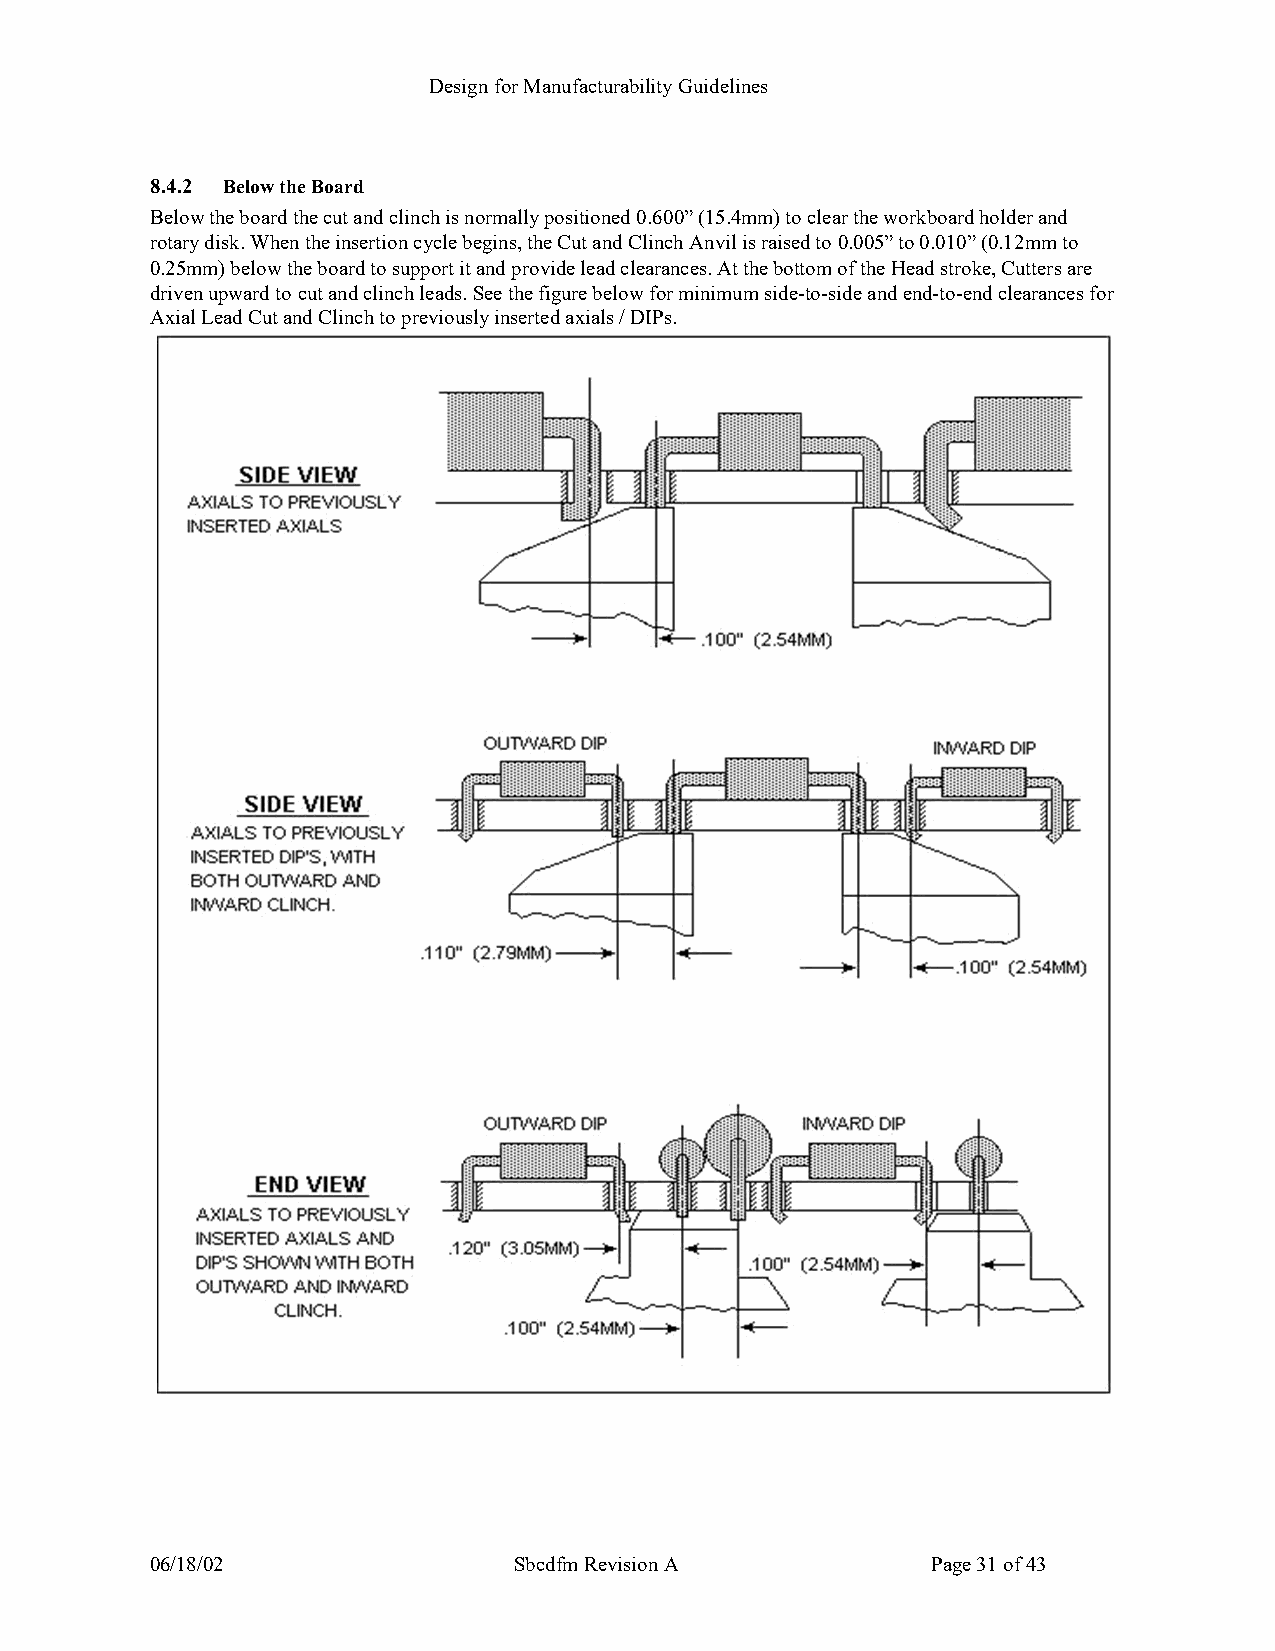
Design for Manufacturability Guidelines
 8.4.2 Below the Board
 Below the board the cut and clinch is normally positioned 0.600” (15.4mm) to clear the workboard holder and
 rotary disk. When the insertion cycle begins, the Cut and Clinch Anvil is raised to 0.005” to 0.010” (0.12mm to
 0.25mm) below the board to support it and provide lead clearances. At the bottom of the Head stroke, Cutters are
 driven upward to cut and clinch leads. See the figure below for minimum side-to-side and end-to-end clearances for
 Axial Lead Cut and Clinch to previously inserted axials / DIPs.
 06/18/02                Sbcdfm Revision A           Page 31 of 43